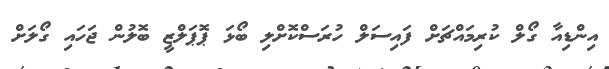
އިންޑިއާ ގޯލް ކުރިމައްޗަށް ފައިސަލް ހުރަސްކޮށްލި ބޯޅަ ޕޮޕަލްޒީ ބޮލުން ޖަހައި ގޯލަށް